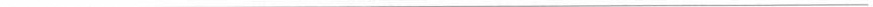
___